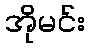
အိုမင်း